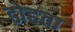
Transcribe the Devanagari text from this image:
ढोहता